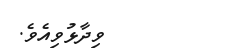
ވިދާޅުވިއެވެ.